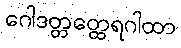
ဂေါဒတ္တတ္ထေရဂါထာ